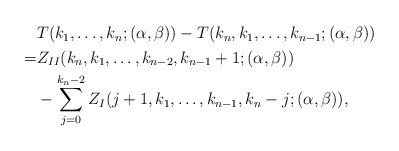
\begin{align*}\begin{aligned}&T(k_1,\ldots,k_n;(\alpha,\beta))-T(k_n,k_1,\ldots,k_{n-1};(\alpha,\beta))\\=&Z_{II}(k_n,k_1,\ldots,k_{n-2},k_{n-1}+1;(\alpha,\beta))\\&-\sum_{j=0}^{k_n-2}Z_{I}(j+1,k_1,\ldots,k_{n-1},k_n-j;(\alpha,\beta)),\end{aligned}\end{align*}